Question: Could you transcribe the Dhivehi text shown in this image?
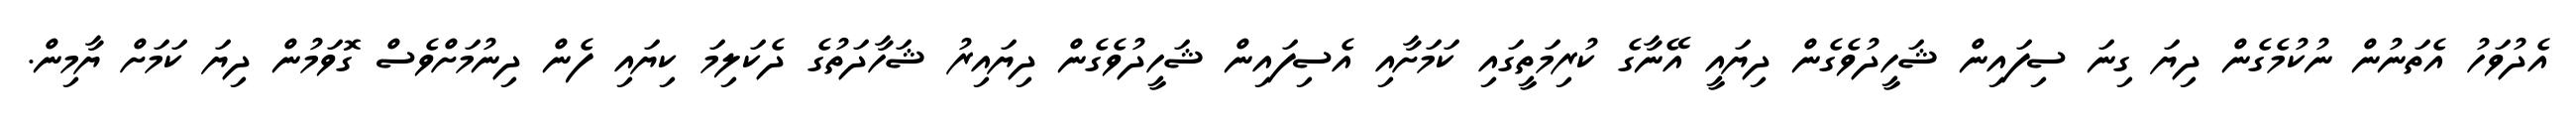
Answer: އެދުވަހު އެތަނުން ނުކުމެގެން ދިޔަ ގިނަ ސިފައިން ޝަހީދުވެގެން ދިޔައީ އޭނާގެ ކުރިމަތީގައި ކަމަށާއި އެސިފައިން ޝަހީދުވެގެން ދިޔައިރު ޝަހާދަތުގެ ދެކަލިމަ ކިޔައި ފެން ދިނުމަށްވެސް ގޮވަމުން ދިޔަ ކަމަށް ޔާމިން.